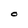
Character: O